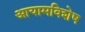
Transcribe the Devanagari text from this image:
आयामविशेष